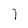
Character: l